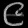
Digit: ၉